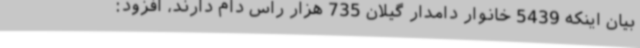
بیان اینکه 5439 خانوار دامدار گیلان 735 هزار راس دام دارند، افزود: